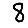
Digit: 8